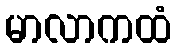
မာလာကထံ